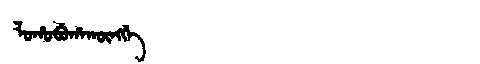
Manchu: ᠯᠣᡥᠣᠪᡠᡥᠠᡴᡡᠩᡤᡝ
Romanization: LOHOBUHAKŪNGGE